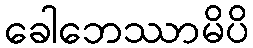
ခေါဘေဿာမိပိ